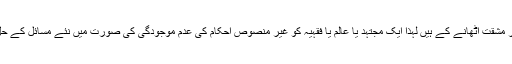
اجتہاد کی اصطلاح جہد یا جہد سے مشتق ہے جس کے معنی کوشش کرنے اور مشقت اٹھانے کے ہیں لہٰذا ایک مجتہد یا عالم یا فقہیہ کو غیر منصوص احکام کی عدم موجودگی کی صورت میں نئے مسائل کے حل کے لیے احکام شریعہ معلوم کرتے ہوئے پوری استعداد صرف کرنا چاہیے ۔